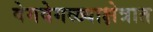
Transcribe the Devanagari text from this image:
वेगवेगळ्याक्षेत्रात